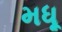
મધૂ